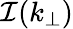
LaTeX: \mathcal{I}(k_{\perp})